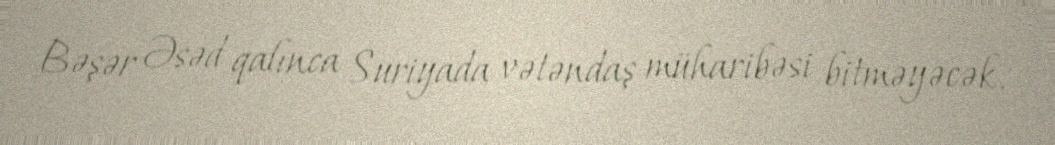
Bəşər Əsəd qalınca Suriyada vətəndaş müharibəsi bitməyəcək.